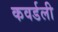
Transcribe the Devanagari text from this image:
कवर्डली